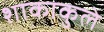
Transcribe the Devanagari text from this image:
शाकाकुले